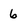
Character: 6